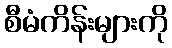
စီမံကိန်းများကို